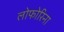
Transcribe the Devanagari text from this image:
लोफोरिना